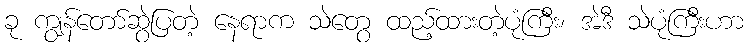
ခု ကျွန်တော်ဆွဲပြတဲ့ နေရာက သဲတွေ ထည့်ထားတဲ့ပုံကြီး၊ အဲဒီ သဲပုံကြီးဟာ